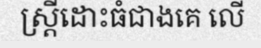
ស្ត្រីដោះធំជាងគេ លើ